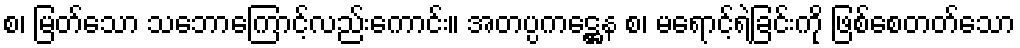
စ၊ မြတ်သော သဘောကြောင့်လည်းကောင်း။ အတပ္ပကဋ္ဌေန စ၊ မရောင့်ရဲခြင်းကို ဖြစ်စေတတ်သော